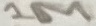
Text: 1M